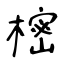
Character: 樒